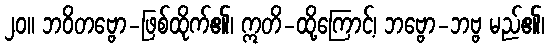
၂၀။ ဘဝိတဗ္ဗော-ဖြစ်ထိုက်၏၊ ဣတိ-ထို့ကြောင့်၊ ဘဗ္ဗော-ဘဗ္ဗ မည်၏၊